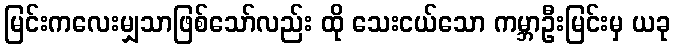
မြင်းကလေးမျှသာဖြစ်သော်လည်း ထို သေးငယ်သော ကမ္ဘာဦးမြင်းမှ ယခု